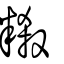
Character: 𥻦